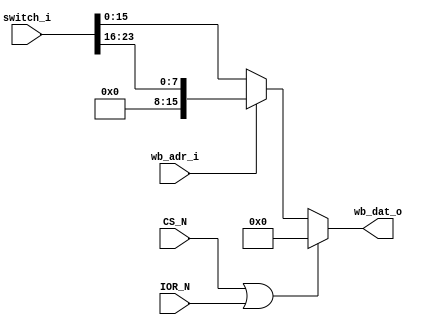
`timescale 1ns / 1ps
//////////////////////////////////////////////////////////////////////////////////
module Switch(
    output [15:0] wb_dat_o,
    input         wb_adr_i,
    input         IOR_N,
    input         CS_N,
    input [23:0]  switch_i 
    );

    assign wb_dat_o = (CS_N| IOR_N) ? 0 : ((wb_adr_i) ? {8'h00,switch_i[23:16]} : switch_i[15:0]);

endmodule